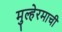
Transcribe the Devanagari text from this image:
मुल्हेरमाची